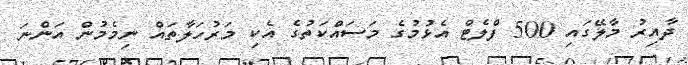
ދާއިރު މާލޭގައި 500 ފްލެޓް އެޅުމުގެ މަސައްކަތުގެ އެކި މަރުހަލާތައް ނިމެމުން އަންނަ